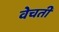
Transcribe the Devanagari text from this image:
वेचती